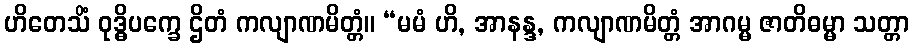
ဟိတေသိံ ဝုဒ္ဓိပက္ခေ ဌိတံ ကလျာဏမိတ္တံ။ “မမံ ဟိ, အာနန္ဒ, ကလျာဏမိတ္တံ အာဂမ္မ ဇာတိဓမ္မာ သတ္တာ